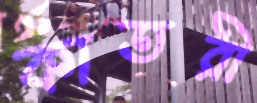
কাতরী